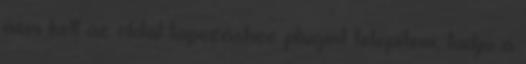
nem kell az oldal lapozáshoz plugint telepíteni, tudja a